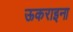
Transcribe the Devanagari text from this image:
ऊकराइना